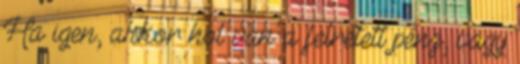
Ha igen, akkor hol van a felretett penz, vagy